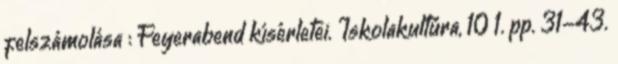
felszámolása : Feyerabend kísérletei. Iskolakultúra, 10 1. pp. 31-43.